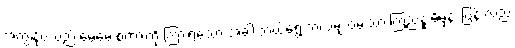
အကျွန်ုပ်သည် မေမေ့ စကားကို ကြားရသော အခါ ဘယ်ရွေ့ ဘယ်မျှ ဝမ်းသာ ကြည်နူးမိမှန်း ပြန် လည်